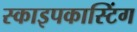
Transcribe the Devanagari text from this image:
स्काइपकास्टिंग